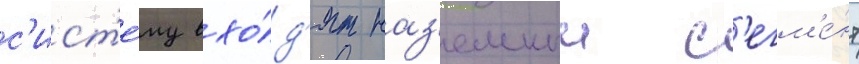
с'ист'е́му вхо́д'ят наз'емныи с'егм'е́нт